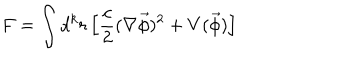
F = \int d ^ { k } r \left[ \frac c 2 ( \nabla \vec { \phi } ) ^ { 2 } + V ( \vec { \phi } ) \right]